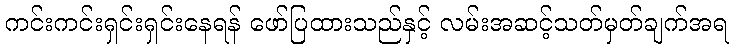
ကင်းကင်းရှင်းရှင်းနေရန် ဖော်ပြထားသည်နှင့် လမ်းအဆင့်သတ်မှတ်ချက်အရ